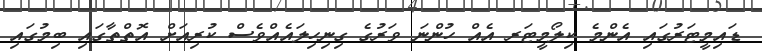
ޑައިމީޓަރުގައި އެންމެ ކިލޯމީޓަރ އެއް ހުންނަ ވަރުގެ ގިނިހިލައެއްވެސް ކުރިއަށް އޮތްތާގައި ބިމުގައި